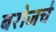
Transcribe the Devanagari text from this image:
बरोजचे